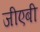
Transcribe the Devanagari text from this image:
जीएबी